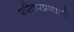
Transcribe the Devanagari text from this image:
परिवारप्रणाली